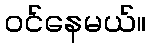
ဝင်နေမယ်။